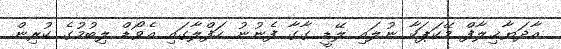
އާދަޔާޚިލާފް މޭކަޕަކާ ނުލައި ލޭޑީ ގާގާ ފެނުނު ހަފްލާގައި އެވޯޑް ލިބުމުގެ ކުރިން